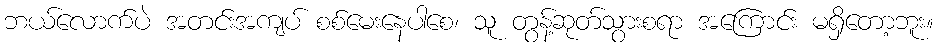
ဘယ်လောက်ပဲ အတင်းအကျပ် စစ်မေးနေပါစေ၊ သူ တွန့်ဆုတ်သွားစရာ အကြောင်း မရှိတော့ဘူး။